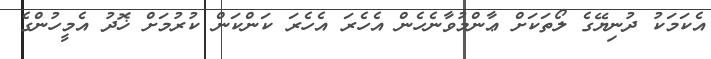
އެކަމަކު ދުނިޔޭގެ ލޯތަކަށް ޢާންމުވާނެހެން އެހެރަ އެހެރަ ކަންކަން ކުރުމަށް ޚޮދު އެމީހުންގެ